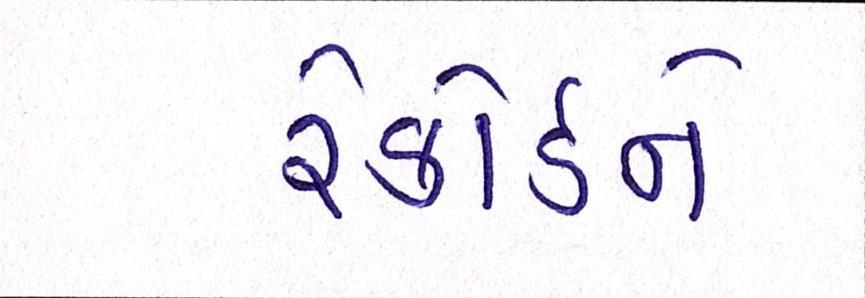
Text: રેકોર્ડને